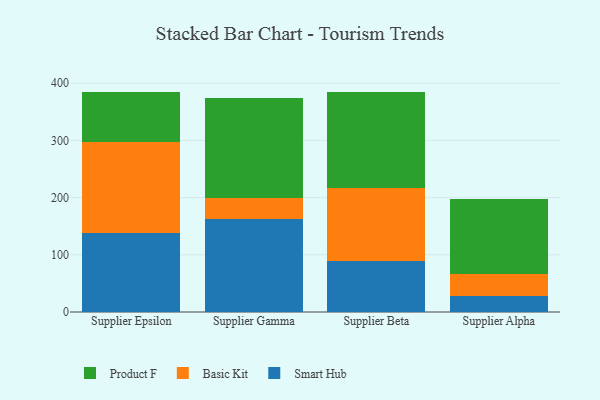
{"axis": {"x": "Supplier", "y": "Active Users"}, "legend": ["Basic Kit", "Product F", "Smart Hub"], "data": [{"x": "Supplier Epsilon", "y": 137.9, "type": "Smart Hub"}, {"x": "Supplier Epsilon", "y": 159.4, "type": "Basic Kit"}, {"x": "Supplier Epsilon", "y": 87.9, "type": "Product F"}, {"x": "Supplier Gamma", "y": 161.8, "type": "Smart Hub"}, {"x": "Supplier Gamma", "y": 37.8, "type": "Basic Kit"}, {"x": "Supplier Gamma", "y": 174.5, "type": "Product F"}, {"x": "Supplier Beta", "y": 88.8, "type": "Smart Hub"}, {"x": "Supplier Beta", "y": 127.8, "type": "Basic Kit"}, {"x": "Supplier Beta", "y": 168.8, "type": "Product F"}, {"x": "Supplier Alpha", "y": 28.4, "type": "Smart Hub"}, {"x": "Supplier Alpha", "y": 38.5, "type": "Basic Kit"}, {"x": "Supplier Alpha", "y": 130.6, "type": "Product F"}]}